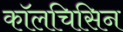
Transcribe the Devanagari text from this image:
कॉलचिसिन